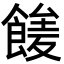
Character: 𩝘